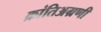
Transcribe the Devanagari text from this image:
क्रांतिअग्रणी